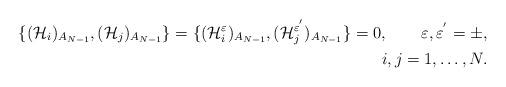
LaTeX: \begin{align*}\{(\mathcal{H}_{i})_{A_{N-1}},(\mathcal{H}_{j})_{A_{N-1}}\}=\{(\mathcal{H}_{i}^{\varepsilon })_{A_{N-1}},(\mathcal{H}_{j}^{\varepsilon ^{^{\prime}}})_{A_{N-1}}\}=0,\ \ \ \ \ \ \varepsilon ,\varepsilon^{^{\prime }}=\pm ,\\ \ \ i,j=1,\ldots ,N.\end{align*}